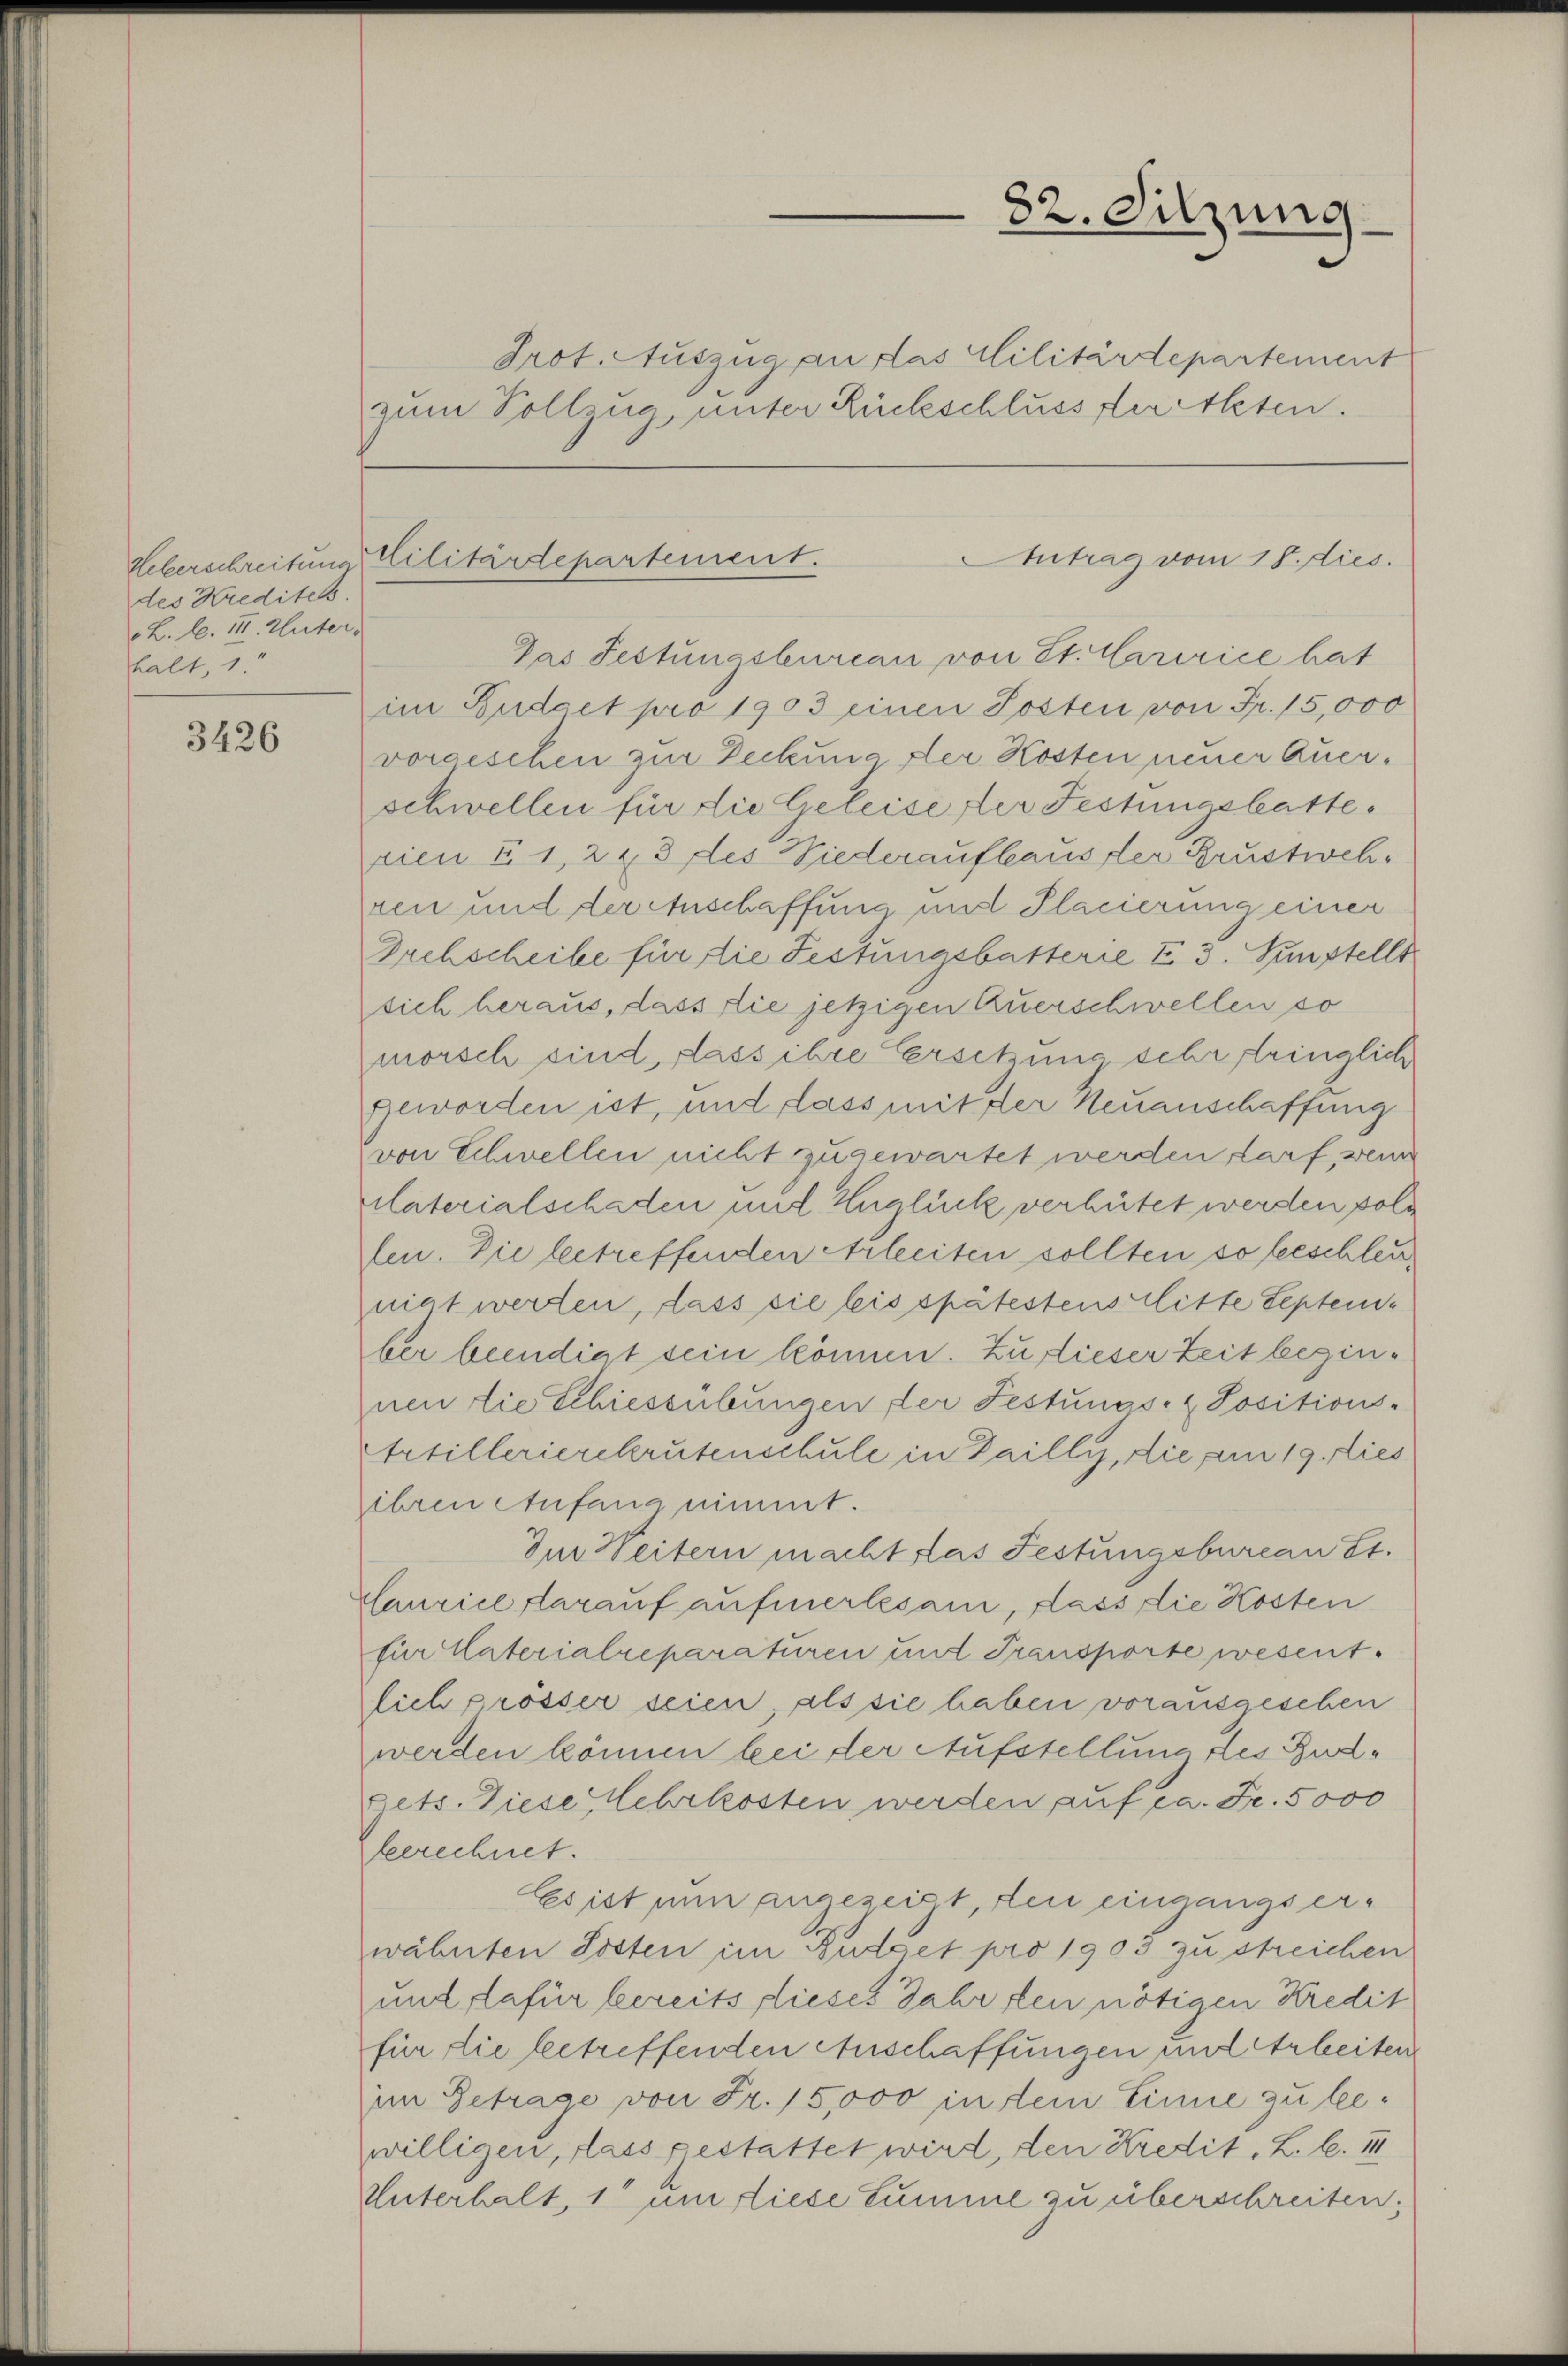
3426

des Kredites
L. l. III. Unter
halt, 1

Trot. Auszug an das Militärdepartement
zum Vollzug, unter Rückschluss der Akten.

Das Festungsbureau von St. Caririce hat
im Budget pro 1903 einen Posten von Fr. 15,000
vorgeschen zur Deckung der Kosten neuer Querschwellen für die Geleise der Festungsbatterien § 1, 2 & 3 des Niederaufhaus der Brustwehren und der Anschaffung und Placierung einer
Drchscheibe für die Festungsbatterie I 3. Sunstellt
sich heraus, dass die jetzigen Querschwellen so
morsch sind, dass ihre Ersetzung sehr tringlich
geworden ist, und dass mit der Neuanschaffung
von Schwellen nicht zugewartet werden darf, wenn
vaterialschaden mit Unglück verhütet werden poli
fen. Die betreffenden Arbeiten sollten so beschleu
niat werten, dass sie leis spätestens litte Septem
ber beendigt sein können. Zu dieser Zeit beginnen die Schiessübungen, der Festungs- & Positions-
Artillerierekrutenschule in Dailly, die am 19. Dies
ihren Anfang nimmt.
Im Weitern machtslas Festungsbureau St.
Laurice darauf aufmerksam, dass die Kosten
für Vaterialreparaturen und Transporte wesent.
lich prosser seien, als sie haben vorausgesehen
werden können bei der Aufstellung des Budets. Diese Mehrkosten werden auf ca. Fr. 5000
Gleerechnet.
Es ist nun angezeigt, den eingangs erwähnten Posten im Budget pro 1903 zu streichen
und dafür bereits dieses Jahr den nötigen Kredit
für die betreffenden Anschaffungen mit Arbeiten
im Betrage von Fr. 15,000 in dem Einne zu bewilligen, dass gestattet wird, den Kredit, L. b. III
Unterhalt, 1 um diese Summe zu überschreiten;

82. Sitzung

Antrag vom 18. dies.
Ueberschreitung Militärdepartement.